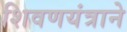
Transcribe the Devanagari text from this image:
शिवणयंत्राने